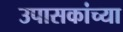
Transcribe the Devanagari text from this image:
उपासकांच्या